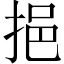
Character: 挹